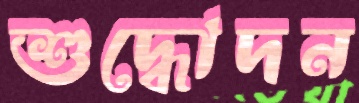
শুদ্ধোদন